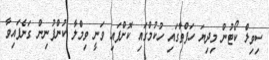
ސިވިލް ކޯޓުން މިދިޔަ ހަފްތާގައި ހުކުމްގައި ކޮށްފައި ވަނީ ވިމްލާ ކުންފުނިން ގަނެފައިވާ